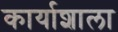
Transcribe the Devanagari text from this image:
कार्याशाला